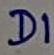
Text: D1